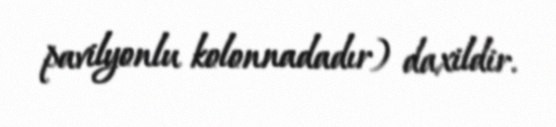
pavilyonlu kolonnadadır) daxildir.